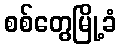
စစ်တွေမြို့ခံ